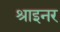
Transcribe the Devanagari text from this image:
श्राइनर